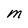
Character: M